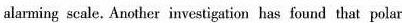
alarming scale. Another investigation has found that polar